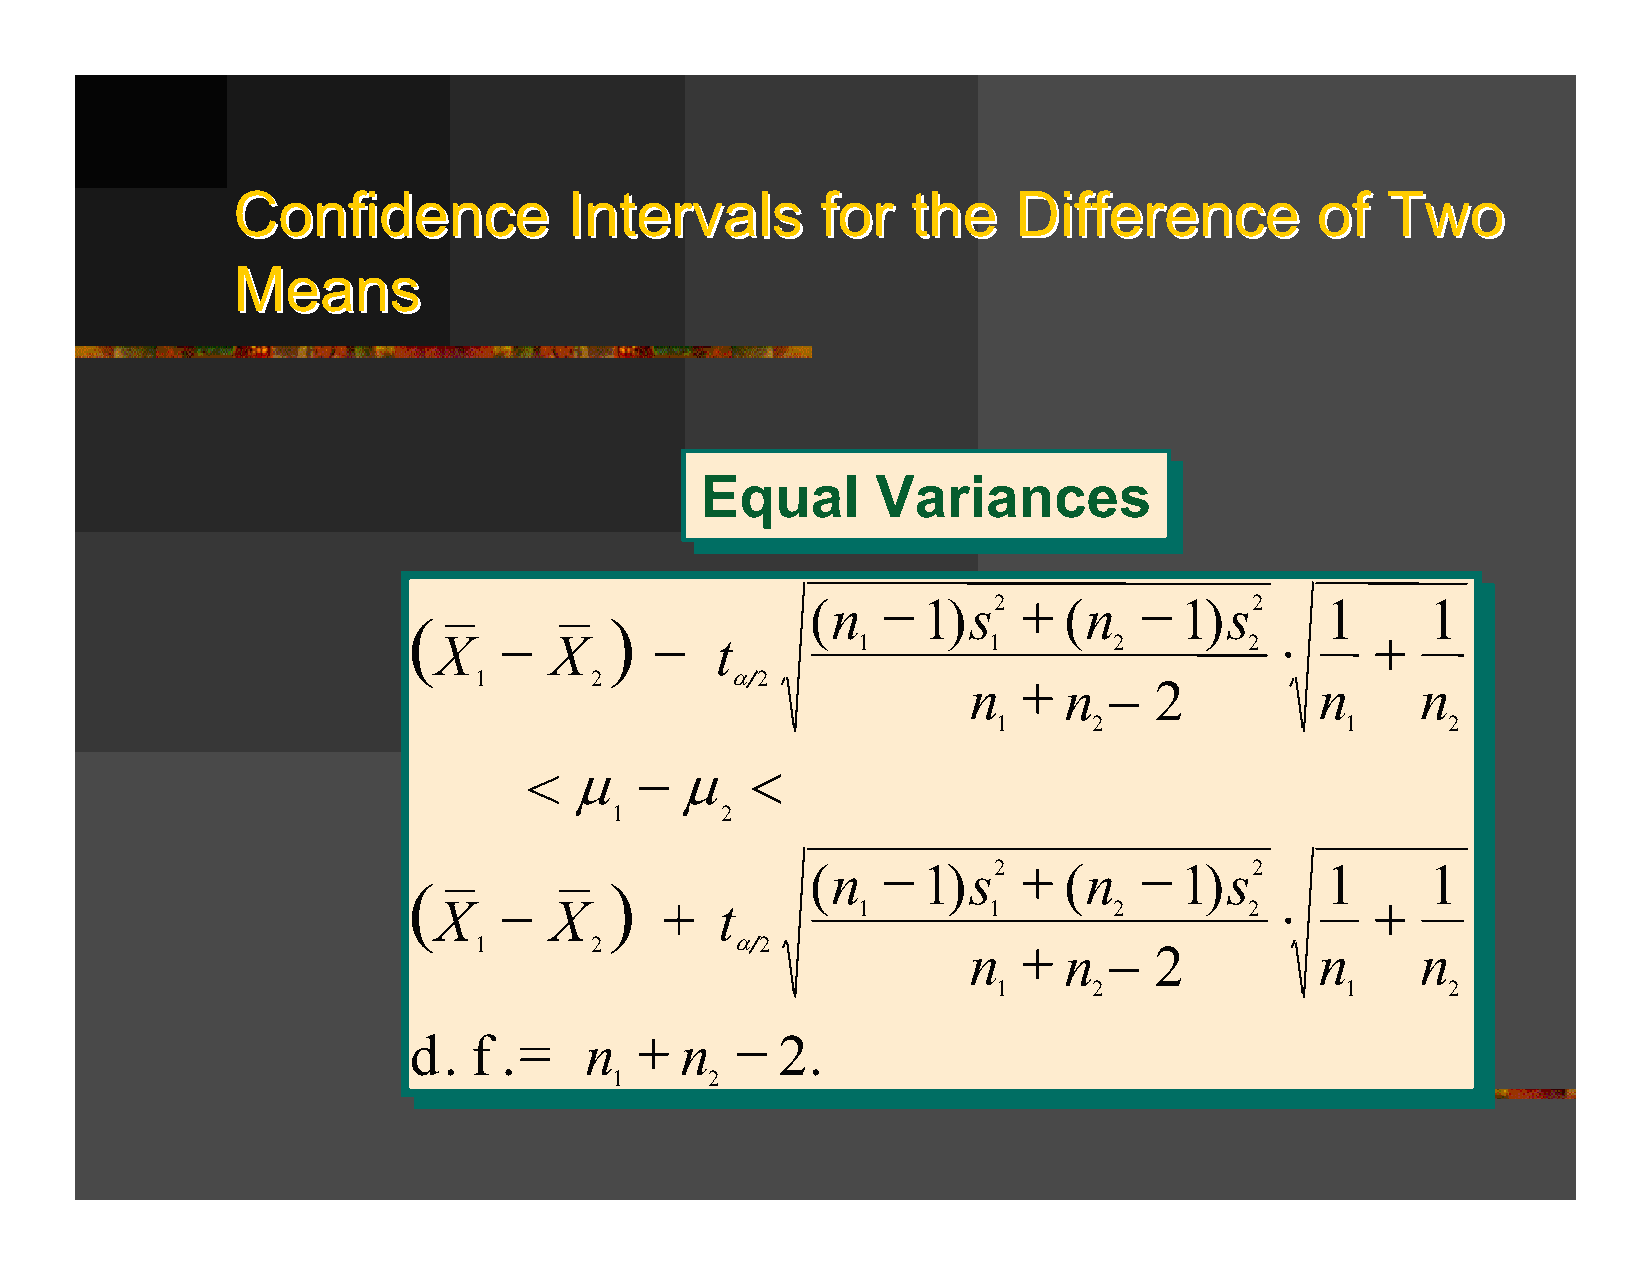
CCoonnffiiddeennccee   IInntteerrvvaallss ffoorr tthhee DDiiffffeerreennccee ooff TTwwoo
 MMeeaannss
 Equal       Variances
 Equal       Variances
 (n  −  1)s2   + (n    − 1)s2      1      1
 (            )
 X   −  X      −   t         1       1        2        2 ⋅     +
 1       2        α2              n   + n  −  2          n      n
 1     2                1      2
 <  µ   −  µ    <
 1      2
 (n  −  1)s2   + (n    − 1)s2      1      1
 (            )
 X   −  X       +   t        1       1        2        2 ⋅     +
 1       2         α2             n   + n  −  2          n      n
 1     2                1      2
 d.  f .=    n  +  n   −  2.
 1      2